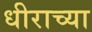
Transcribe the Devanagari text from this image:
धीराच्या